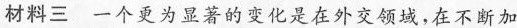
材料三一个更为显著的变化是在外交领域，在不断加